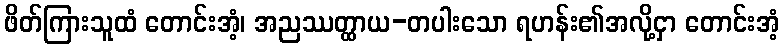
ဖိတ်ကြားသူထံ တောင်းအံ့၊ အညဿတ္ထာယ-တပါးသော ရဟန်း၏အလို့ငှာ တောင်းအံ့